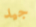
جيد